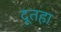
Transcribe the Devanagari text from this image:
दूतहा